Senior Leaving Certificate Examination (including Day School Certificate (Higher) General paper), 1946
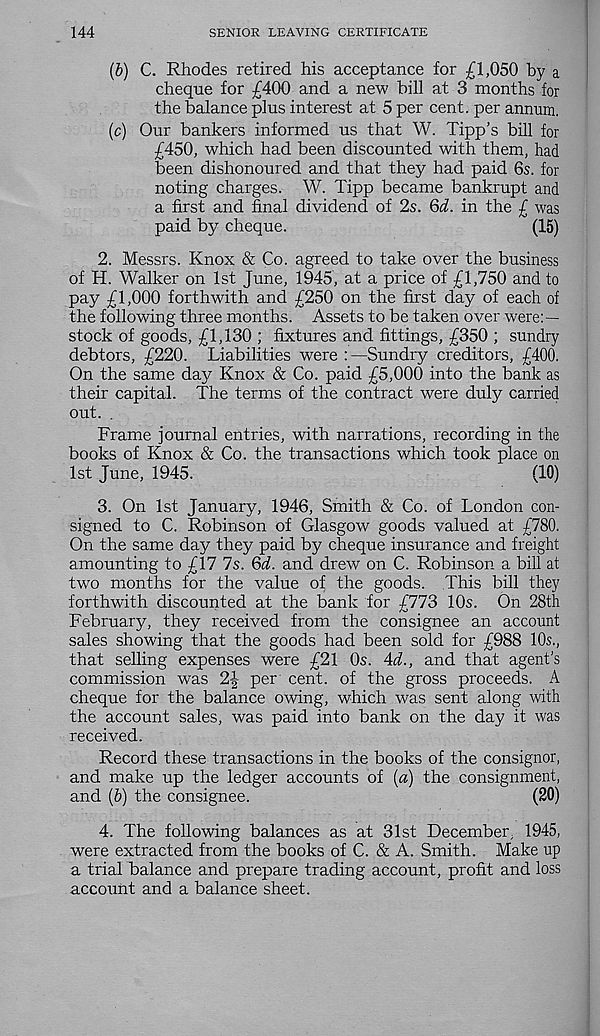
144
SENIOR LEAVING CERTIFICATE
(b) C. Rhodes retired his acceptance for £1,050 by a
cheque for £400 and a new bill at 3 months for
the balance plus interest at 5 per cent, per annum,
(c) Our bankers informed us that W. Tipp’s bill for
£450, which had been discounted with them, had
been dishonoured and that they had paid 6s. for
noting charges. W. Tipp became bankrupt and
a first and final dividend of 2s. 6d. in the £ was
paid by cheque.
(15)
2. Messrs. Knox & Co. agreed to take over the business
of H. Walker on 1st June, 1945, at a price of £1,750 and to
pay £1,000 forthwith and £250 on the first day of each of
the following three months. Assets to be taken over were:—
stock of goods, £1,130 ; fixtures and fittings, £350 ; sundry
debtors, £220. Liabilities were : —Sundry creditors, £400.
On the same day Knox & Co. paid £5,000 into the bank as
their capital. The terms of the contract were duly carried
out. .
Frame journal entries, with narrations, recording in the
books of Knox & Co. the transactions which took place on
1st June, 1945.
(10)
3. On 1st January, 1946, Smith & Co. of London con-
signed to C. Robinson of Glasgow goods valued at £780.
On the same day they paid by cheque insurance and freight
amounting to £17 7s. 6d. and drew on C. Robinson a bill at
two months for the value of the goods. This bill they
forthwith discounted at the bank for £773 10s. On 28th
February, they received from the consignee an account
sales showing that the goods had been sold for £988 10s.,
that selling expenses were £21 0s. 4d., and that agent’s
commission was 2-|- per cent, of the gross proceeds. A
cheque for the balance owing, which was sent along with
the account sales, was paid into bank on the day it was
received.
Record these transactions in the books of the consignor,
and make up the ledger accounts of (a) the consignment,
and (b) the consignee.
(20)
4. The following balances as at 31st December, 1945,
were extracted from the books of C. & A. Smith. Make up
a trial balance and prepare trading account, profit and loss
account and a balance sheet.